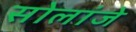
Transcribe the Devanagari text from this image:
सोलांजे